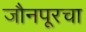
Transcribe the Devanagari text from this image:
जौनपूरचा